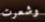
وشعرت